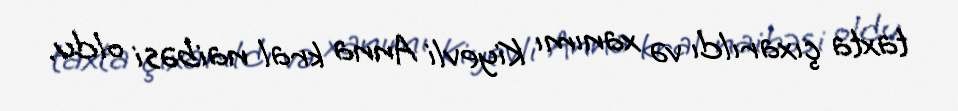
taxta çıxarıldı və xanımı Kiyevli Anna kral naibəsi oldu.